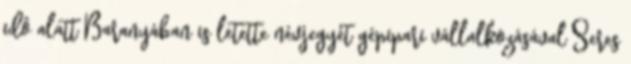
idô alatt Baranyában is letette névjegyét gépipari vállalkozásával Seres